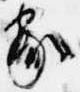
家